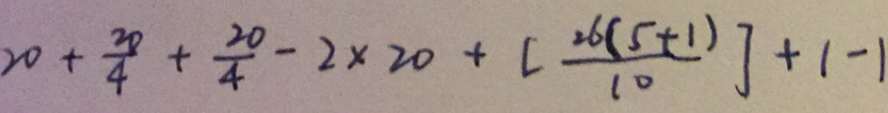
2 0 + \frac { 2 0 } { 4 } + \frac { 2 0 } { 4 } - 2 \times 2 0 + [ \frac { 2 6 ( 5 + 1 ) } { 1 0 } ] + 1 - 1